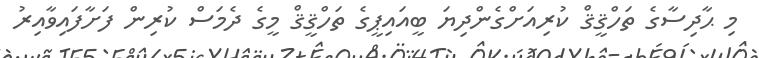
މި ޙާދިސާގެ ތަހްޤީޤް ކުރިއަށްގެންދިޔަ ބީއައިޕީގެ ތަހްްޤީޤް މީގެ ދެމަސް ކުރިން ފަށާފައިވާއިރު